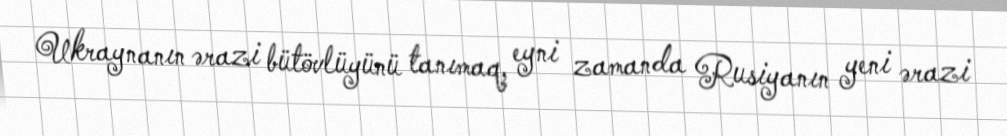
Ukraynanın ərazi bütövlüyünü tanımaq, eyni zamanda Rusiyanın yeni ərazi